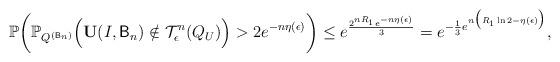
LaTeX: \begin{align*} \mathbb{P}\bigg(\mathbb{P}_{Q^{(\mathsf{B}_n)}}\Big(\mathbf{U}(I,\mathsf{B}_n)\notin\mathcal{T}_\epsilon^n(Q_U)\Big)>2e^{-n\eta(\epsilon)}\bigg)\leq e^{\frac{2^{nR_1}e^{-n\eta(\epsilon)}}{3}}=e^{-\frac{1}{3}e^{n\big(R_1\ln2-\eta(\epsilon)\big)}},\end{align*}